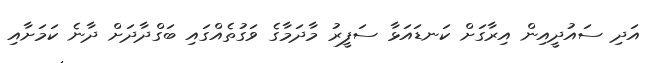
އަދި ސައުދީއިން އިރާގަށް ކަނޑައަޅާ ސަފީރު މާދަމާގެ ވަގުތެއްގައި ބަގްދާދަށް ދާނެ ކަމަށާއި